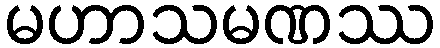
မဟာသမဏဿ